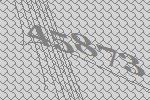
45873